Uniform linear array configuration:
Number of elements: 64
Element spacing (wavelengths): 0.5
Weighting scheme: cosine
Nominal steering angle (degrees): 45
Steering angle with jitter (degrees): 45.451
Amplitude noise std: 0.05
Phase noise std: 0.05

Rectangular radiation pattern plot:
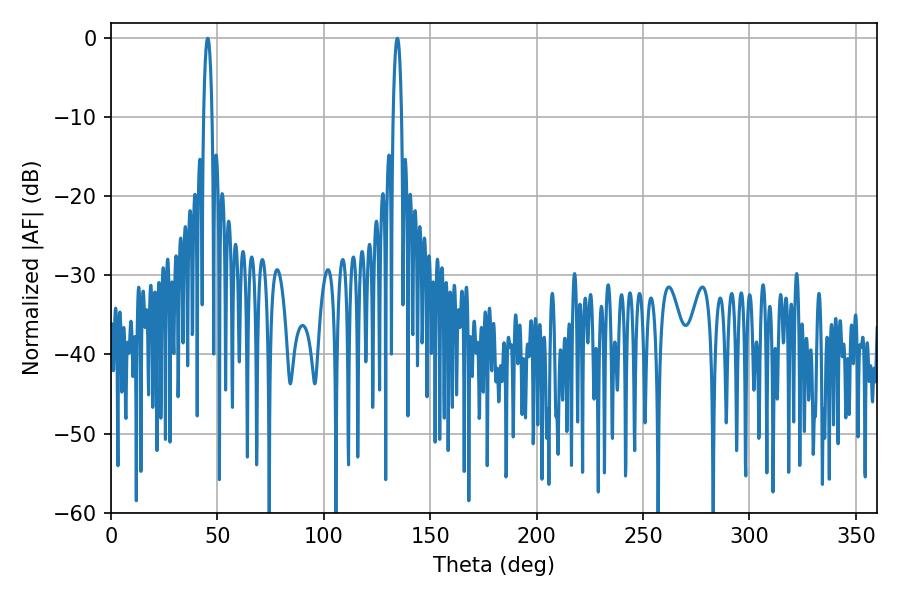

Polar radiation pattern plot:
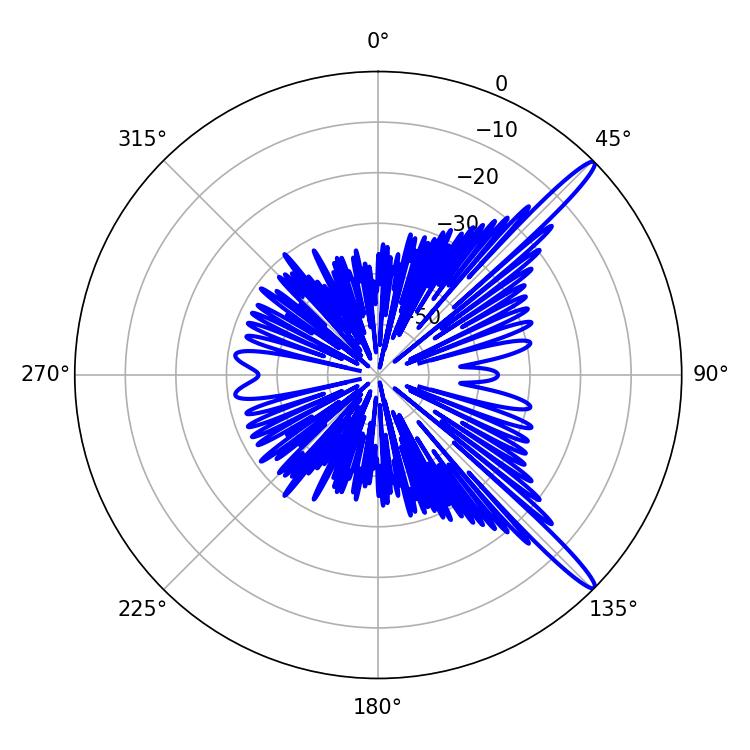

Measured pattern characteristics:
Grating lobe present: FALSE
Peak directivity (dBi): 14.968
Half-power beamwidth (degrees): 2.34
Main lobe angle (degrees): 134.64